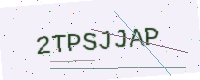
Text: 2TPSJJAP